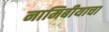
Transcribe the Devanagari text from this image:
नामिबीयाचा